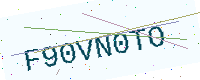
Text: F90VN0TO